Report on vaccination in the Province of Bengal - 1874-1889
Year: 1874
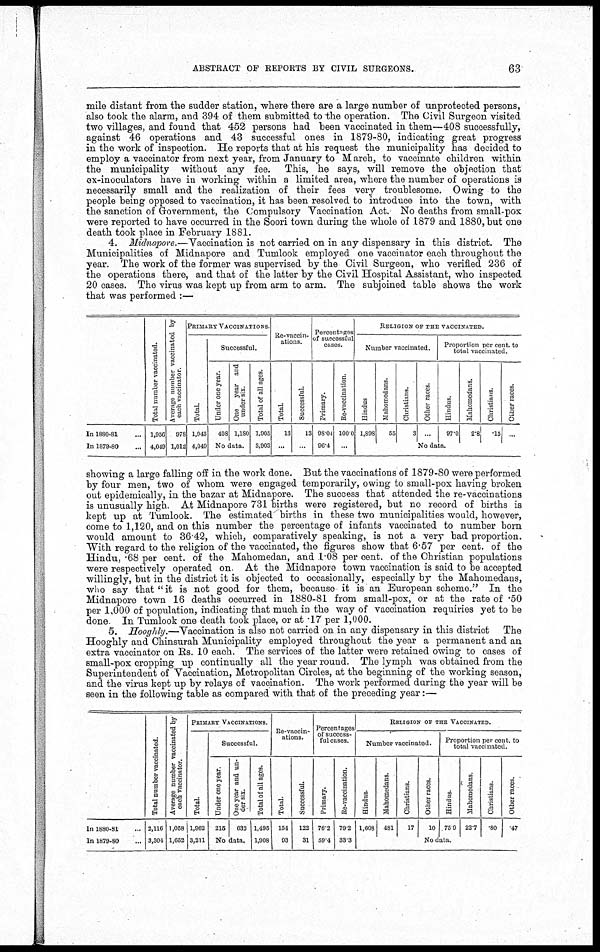
ABSTRACT OF REPORTS BY CIVIL SURGEONS.
63
mile distant from the sudder station, where there are a large number of unprotected persons,
also took the alarm, and 394 of them submitted to the operation. The Civil Surgeon visited
two villages, and found that 452 persons had been vaccinated in them—408 successfully,
against 46 operations and 43 successful ones in 1879-80, indicating great progress
in the work of inspection. He reports that at his request the municipality has decided to
employ a vaccinator from next year, from January to March, to vaccinate children within
the municipality without any fee. This, he says, will remove the objection that
ex-inoculators have in working within a limited area, where the number of operations is
necessarily small and the realization of their fees very troublesome. Owing to the
people being opposed to vaccination, it has been resolved to introduce into the town, with
the sanction of Government, the Compulsory Vaccination Act. No deaths from small-pox
were reported to have occurred in the Soori town during the whole of 1879 and 1880, but one
death took place in February 1881.
4. Midnapore.—Vaccination is not carried on in any dispensary in this district. The
Municipalities of Midnapore and Tumlook employed one vaccinator each throughout the
year. The work of the former was supervised by the Civil Surgeon, who verified 236 of
the operations there, and that of the latter by the Civil Hospital Assistant, who inspected
20 cases. The virus was kept up from arm to arm. The subjoined table shows the work
that was performed :—
In 1880-81 ...
In 1879-80 ...
Total number vaccinated.
1,956
4,049
Average number vaccinated by
each vaccinator.
978
1,012
PRIMARY VACCINATIONS
Total.
1,943
4,049
Successful.
Under one year.
408
One
year and
under six
1,180
No data.
Total of all ages.
1,905
3,903
Re-vaccin-
ations.
Total.
13
...
Successful.
13
...
Percentages
of successful
cases.
Primary.
98.04
96.4
Re-vaccination.
100.0
...
RELIGION OF THE VACCINATED.
Number vaccinated.
Hindus
1,898
Mahomedans.
55
Christians.
3
Other races
...
Proportion per cent. to
total vaccinated.
Hindus.
97.0
Mahomedans.
2.8
Christians.
.15
Other races.
...
No data.
showing a large falling off in the work done. But the vaccinations of 1879-80 were performed
by four men, two of whom were engaged temporarily, owing to small-pox having broken
out epidemically, in the bazar at Midnapore. The success that attended the re-vaccinations
is unusually high. At Midnapore 731 births were registered, but no record of births is
kept up at Tumlook. The estimated births in these two municipalities would, however,
come to 1,120, and on this number the percentage of infants vaccinated to number born
would amount to 36.42, which, comparatively speaking, is not a very bad proportion.
With regard to the religion of the vaccinated, the figures show that 6.57 per cent. of the
Hindu, .68 per cent. of the Mahomedan, and 1.08 per cent. of the Christian populations
were respectively operated on At the Midnapore town vaccination is said to be accepted
willingly, but in the district it is objected to occasionally, especially by the Mahomedans,
who say that "it is not good for them, because it is an European scheme." In the
Midnapore town 16 deaths occurred in 1880-81 from small-pox, or at the rate of .50
per 1,000 of population, indicating that much in the way of vaccination requiries yet to be
done In Tumlook one death took place, or at .17 per 1,000.
5. Hooghly.—Vaccination is also not carried on in any dispensary in this district
The
Hooghly and Chinsurah Municipality employed throughout the year a permanent and an
extra vaccinator on Rs. 10 each. The services of the latter were retained owing to cases of
small-pox cropping up continually all the year round. The lymph was obtained from the
Superintendent of Vaccination, Metropolitan Circles, at the beginning of the working season,
and the virus kept up by relays of vaccination. The work performed during the year will be
seen in the following table as compared with that of the preceding year:—
In 1880-81 ...
In 1879-80 ...
Total number vaccinated.
2,116
3,304
Average number vaccinated by
each vaccinator.
1,058
1,652
PRIMARY VACCINATIONS.
Total.
1,962
3,211
Successful.
Under one year.
215
One year and un-
der six.
632
No data.
Total of all ages.
1,495
1,908
Re-vaccin-
ations.
Total.
154
93
Successful.
122
31
Percentages
of success-
ful cases.
Primary.
76.2
59.4
Re-vaccination.
79.2
33.3
RELIGION OF THE VACCINATED.
Number vaccinated.
Hindus.
1,608
Mahomedans.
481
Christians.
17
Other races.
10
Proportion per cent. to
total vaccinated.
Hindus.
75.9
Mahomedans.
22.7
Christians.
.80
Other races.
.47
No data.